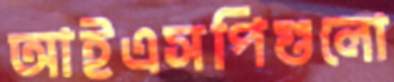
আইএসপিগুলো